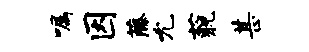
嘱因藤允藐甚